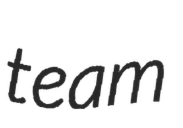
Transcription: team